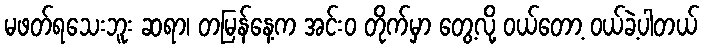
မဖတ်ရသေးဘူး ဆရာ၊ တမြန်နေ့က အင်းဝ တိုက်မှာ တွေ့လို့ ဝယ်တော့ ဝယ်ခဲ့ပါတယ်